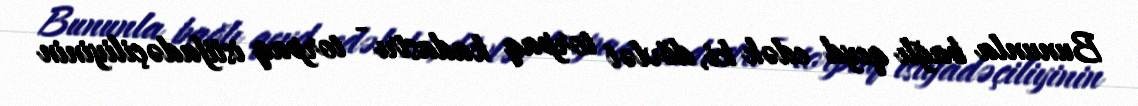
Bununla bağlı qeyd edək ki, dövlət torpaq kadastrı - torpaq istifadəçiliyinin